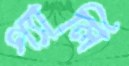
গ্যালি